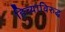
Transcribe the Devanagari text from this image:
हिच्याविरुद्ध